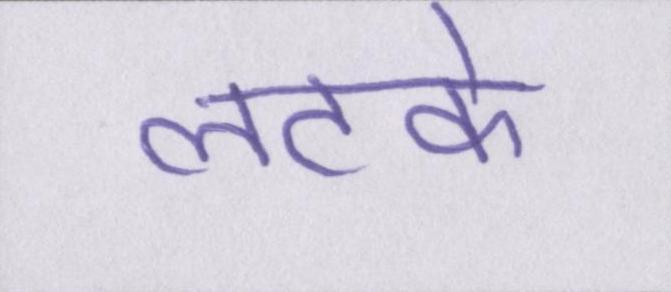
लटके